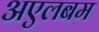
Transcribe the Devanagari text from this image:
अएलबम